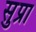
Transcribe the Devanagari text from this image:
सुप्रा